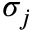
\sigma _ { j }